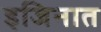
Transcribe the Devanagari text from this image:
इजिनात